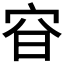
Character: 𡧼